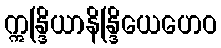
ဣန္ဒြိယာနိန္ဒြိယေဟေဝ